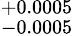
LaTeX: ^{+0.0005}_{-0.0005}